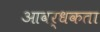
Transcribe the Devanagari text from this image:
आवर्धकता